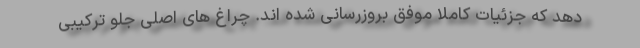
دهد که جزئیات کاملا موفق بروزرسانی شده اند. چراغ های اصلی جلو ترکیبی